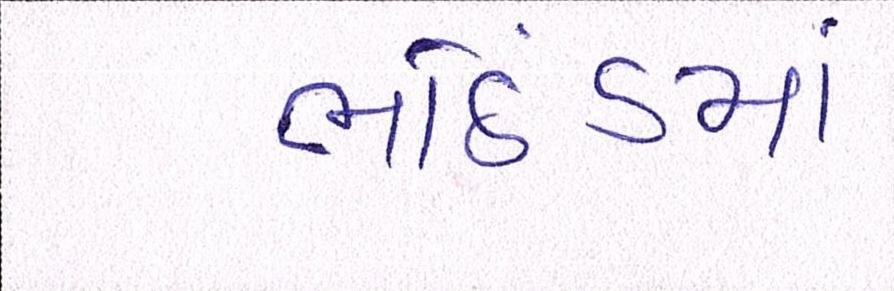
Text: ભઠિંડમાં